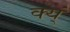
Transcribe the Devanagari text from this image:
क्य्ं